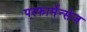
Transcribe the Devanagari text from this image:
परफार्मेन्सेज